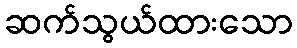
ဆက်သွယ်ထားသော